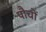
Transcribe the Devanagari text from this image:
पौचों